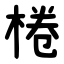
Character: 棬